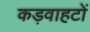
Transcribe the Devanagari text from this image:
कड़वाहटों